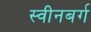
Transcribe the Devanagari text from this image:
स्वीनबर्ग